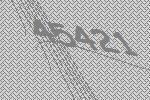
45421